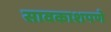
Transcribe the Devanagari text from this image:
सावकाशपणे